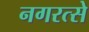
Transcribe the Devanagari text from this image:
नगरत्से